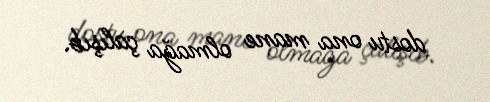
dostu ona mane olmağa çalışıb.